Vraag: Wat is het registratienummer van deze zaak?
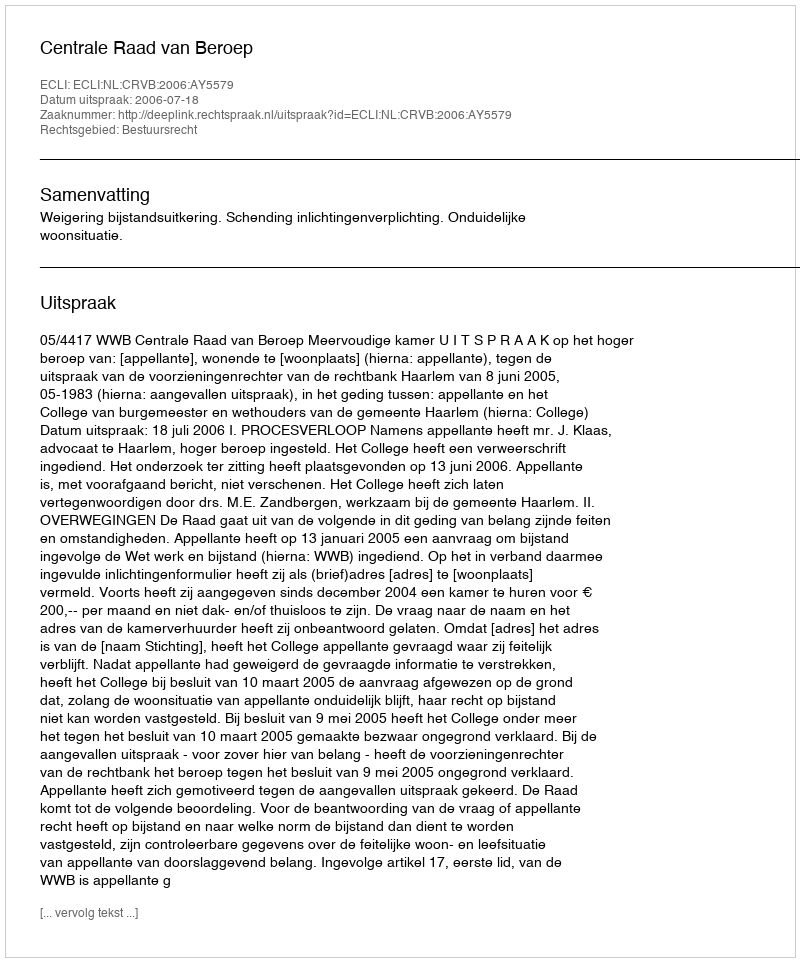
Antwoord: http://deeplink.rechtspraak.nl/uitspraak?id=ECLI:NL:CRVB:2006:AY5579